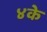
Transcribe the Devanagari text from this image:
४के